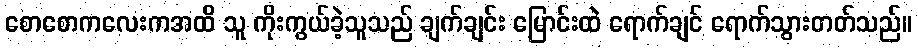
စောစောကလေးကအထိ သူ ကိုးကွယ်ခဲ့သူသည် ချက်ချင်း မြောင်းထဲ ရောက်ချင် ရောက်သွားတတ်သည်။